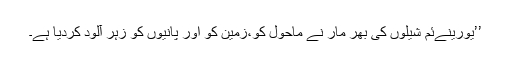
’’یورینےئم شیلوں کی بھر مار نے ماحول کو،زمین کو اور پانیوں کو زہر آلود کردیا ہے۔